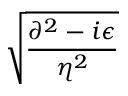
\sqrt { \frac { \partial ^ { 2 } - i \epsilon } { \eta ^ { 2 } } }